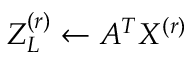
Z _ { L } ^ { ( r ) } \gets A ^ { T } X ^ { ( r ) }